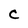
Character: C